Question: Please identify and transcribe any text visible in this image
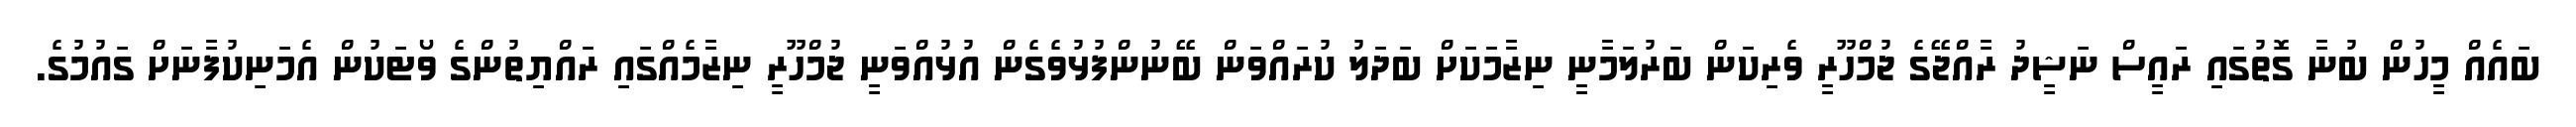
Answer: ބައެއް މީހުން ބުނާ ގޮތުގައި ރައީސް ނަޝީދު ރާއްޖޭގެ ޖުމްހޫރީ ވެރިކަން ބަރުލަމާނީ ނިޒާމަކަށް ބަދަލު ކުރައްވަން ބޭނުންފުޅުވެގެން އުޅުއްވަނީ ޖުމްހޫރީ ނިޒާމެއްގައި ރައްޔިތުންގެ ވޯޓަކުން އެމަނިކުފާނަށް ގައުމުގެ.